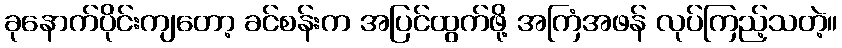
ခုနောက်ပိုင်းကျတော့ ခင်စန်းက အပြင်ထွက်ဖို့ အကြံအဖန် လုပ်ကြည့်သတဲ့။